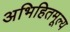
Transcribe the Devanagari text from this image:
अभिहितमूल्य